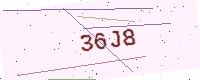
Text: 36J8